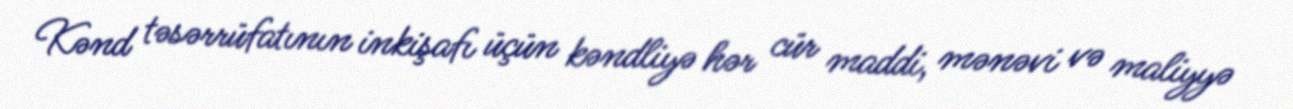
Kənd təsərrüfatının inkişafı üçün kəndliyə hər cür maddi, mənəvi və maliyyə